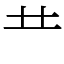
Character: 龷